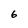
Character: 6